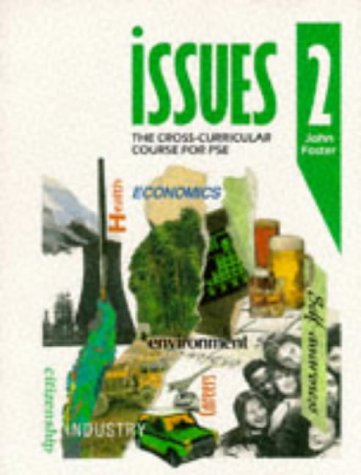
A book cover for Issues 3: Pupil Book Bk.2: Cross-curricular Course for PSE (Issues - the Cross-curriculur Course for PSE); John Foster; Teen & Young Adult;